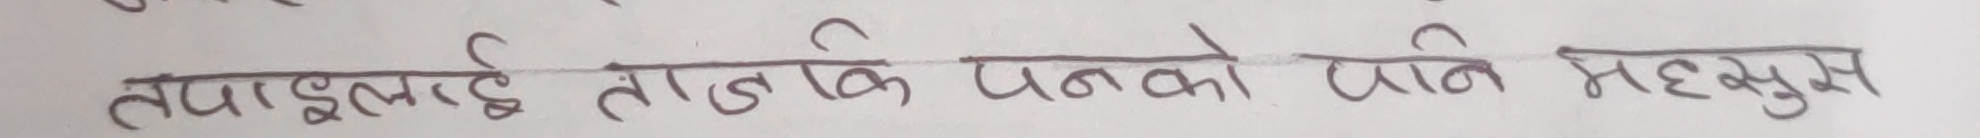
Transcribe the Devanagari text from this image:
तपाईलाई तातो कि चिसो पनि महसुस